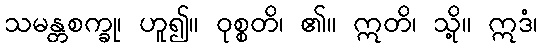
သမန္တစက္ခု၊ ဟူ၍။ ဝုစ္စတိ၊ ၏။ ဣတိ၊ သို့။ ဣဒံ၊